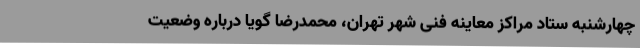
چهارشنبه ستاد مراکز معاینه فنی شهر تهران، محمدرضا گویا درباره وضعیت